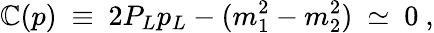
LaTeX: \mathbb{C}(p)\ \equiv\ 2P_{L}p_{L}-(m_{1}^{2}-m_{2}^{2})\ \simeq\ 0\ ,